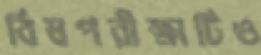
বিষপরীক্ষাটিও